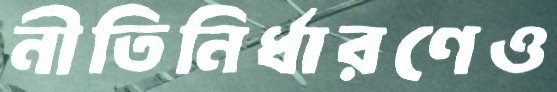
নীতিনির্ধারণেও